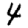
Digit: 4